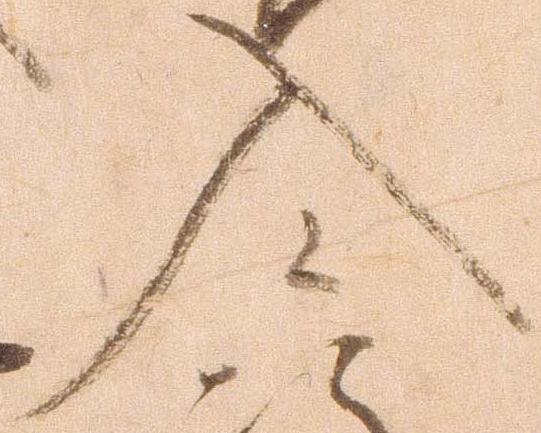
入